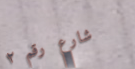
شارع رقم ٢